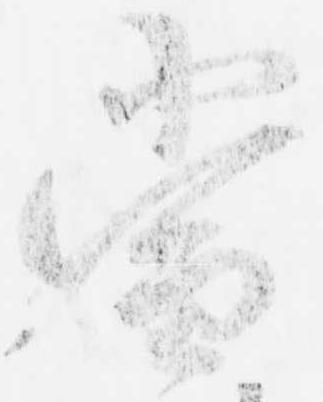
当